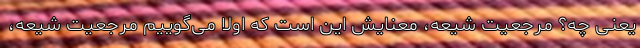
یعنی چه؟ مرجعیت شیعه، معنایش این است که اولاً می‌گوییم مرجعیت شیعه،‌